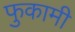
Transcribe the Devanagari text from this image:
फुकामी